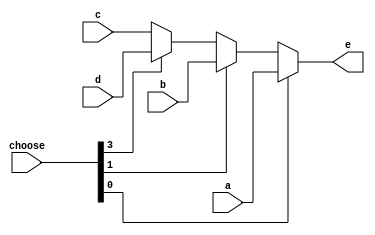
`timescale 1ns / 1ps
//////////////////////////////////////////////////////////////////////////////////
// Company: 
// Engineer: 
// 
// Design Name: 
// Module Name:    mux3 
// Project Name: 
// Target Devices: 
// Tool versions: 
// Description: 
//
// Dependencies: 
//
// Revision: 
// Revision 0.01 - File Created
// Additional Comments: 
//
//////////////////////////////////////////////////////////////////////////////////
module mux4(
input [31:0]a,
input [31:0]b,
input [31:0]c,
input [31:0]d,
output [31:0]e,
input [3:0]choose
    );
assign e=(choose[0]==1)? a :(choose[1]==1)? b:(choose[3]==1)? d:c ;
endmodule